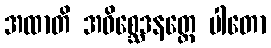
အထာတိ အဝိစ္ဆေဒနတ္တေ ပါတော